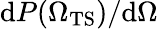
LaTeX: \mathrm{d}P({\Omega_{\mathrm{TS}}})/\mathrm{d}\Omega